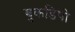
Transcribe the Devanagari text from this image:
बुकडिपो